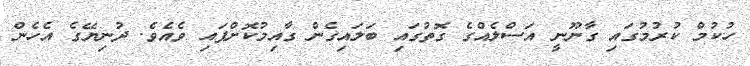
ހުކުމް ކުރުމުގައި ގާނޫނީ އަސްލެއްގެ ގޮތުގައި ބަލައިގެން ގާއިމުކޮށްފައި ވެއެވެ. ދުނިޔޭގެ އެހެން